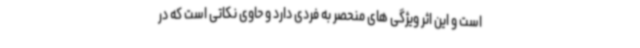
است و این اثر ویژگی های منحصر به فردی دارد و حاوی نکاتی است که در